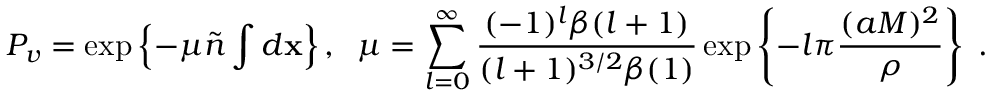
P _ { v } = \exp \left\{ - \mu \tilde { n } \int d { \bf x } \right\} , \; \; \mu = \sum _ { l = 0 } ^ { \infty } \frac { ( - 1 ) ^ { l } \beta ( l + 1 ) } { ( l + 1 ) ^ { 3 / 2 } \beta ( 1 ) } \exp \left\{ - l \pi \frac { ( a M ) ^ { 2 } } { \rho } \right\} \; .